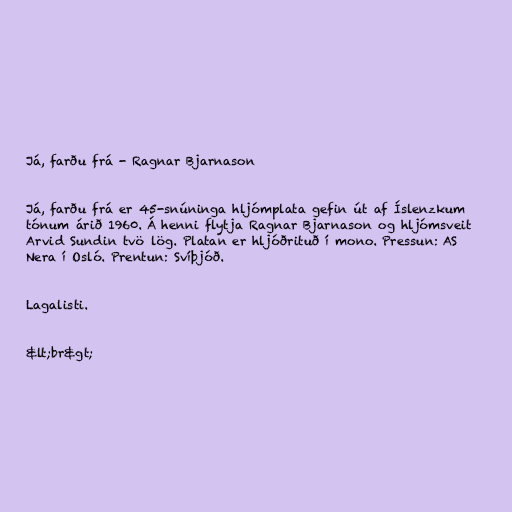
Já, farðu frá - Ragnar Bjarnason

Já, farðu frá er 45-snúninga hljómplata gefin út af Íslenzkum
tónum árið 1960. Á henni flytja Ragnar Bjarnason og hljómsveit
Arvid Sundin tvö lög. Platan er hljóðrituð í mono. Pressun: AS
Nera í Osló. Prentun: Svíþjóð.

Lagalisti.

&lt;br&gt;